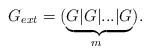
LaTeX: \begin{align*}{G}_{ext} = (\underbrace{G|G|...|G}_{m~}).\end{align*}